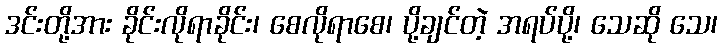
ဒင်းတို့အား ခိုင်းလိုရာခိုင်း၊ စေလိုရာစေ၊ ပို့ချင်တဲ့ အရပ်ပို့၊ သေဆို သေ၊